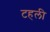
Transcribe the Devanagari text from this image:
टहली